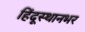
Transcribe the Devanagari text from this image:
हिंदूस्थानभर